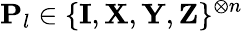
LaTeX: \mathbf{P}_{l}\in\{ \mathbf{I},\mathbf{X},\mathbf{Y},\mathbf{Z}\} ^{\otimes n}